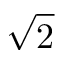
\sqrt { 2 }